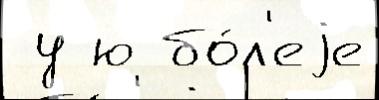
 у ю бо́л'еjе